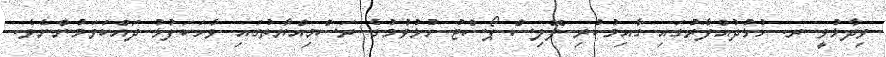
ވިދާޅުވީ ރ. ހުޅުދުއްފާރުގައި ގާއިމުކުރި ޕޮލިސް ޕޯސްޓު ހުޅުވުމުގެ ރަސްމިއްޔާތުގައި ވާހަކަފުޅު ދައްކަވަމުންނެވެ.